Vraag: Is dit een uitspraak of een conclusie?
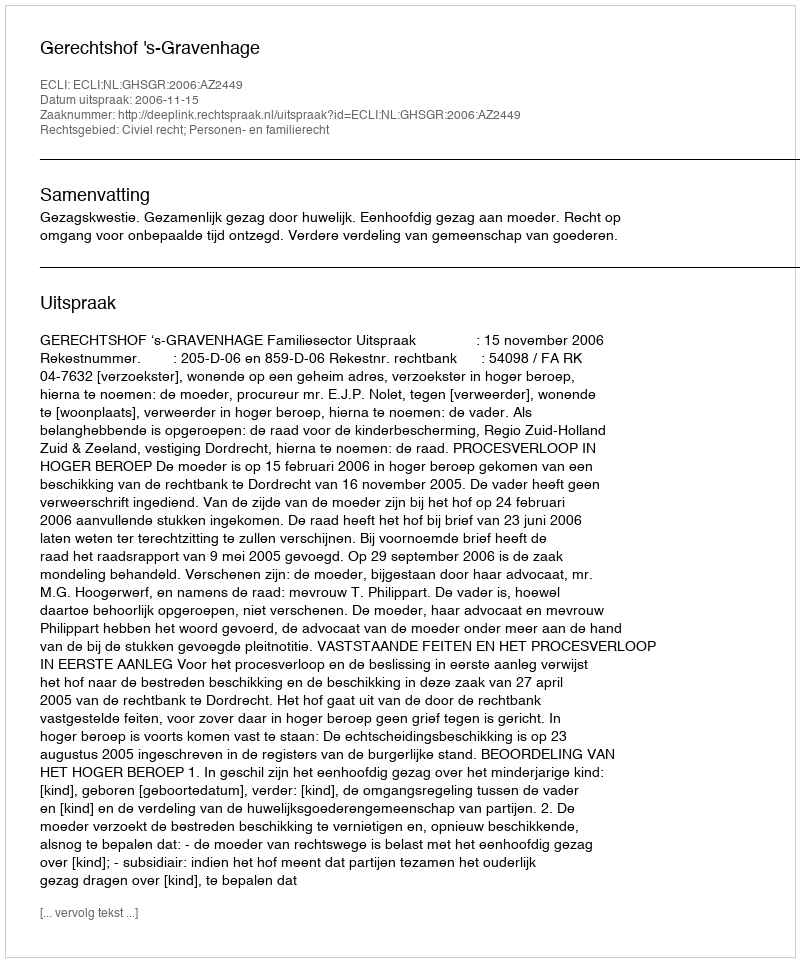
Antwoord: Uitspraak